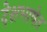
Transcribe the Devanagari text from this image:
देशभाषेत